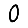
Digit: 0